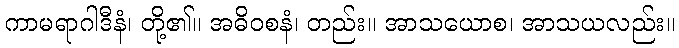
ကာမရာဂါဒီနံ၊ တို့၏။ အဓိဝစနံ၊ တည်း။ အာသယောစ၊ အာသယလည်း။